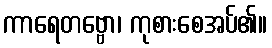
ကာရေတဗ္ဗော၊ ကုစားစေအပ်၏။